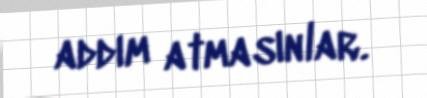
addım atmasınlar.